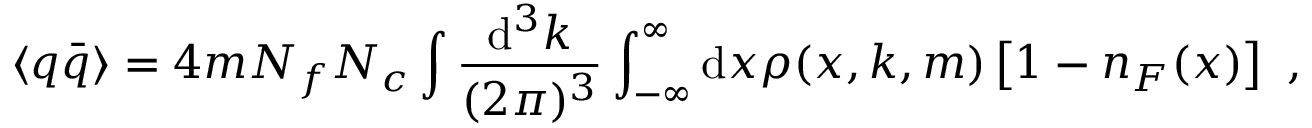
\langle q \bar { q } \rangle = 4 m N _ { f } N _ { c } \int \frac { \mathrm { d } ^ { 3 } k } { ( 2 \pi ) ^ { 3 } } \int _ { - \infty } ^ { \infty } \mathrm { d } x \rho ( x , k , m ) \left[ 1 - n _ { F } ( x ) \right] \ ,